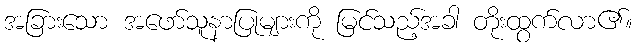
အခြားသော အဖော်သူနာပြုများကို မြင်သည့်အခါ တိုးထွက်လာ၏။